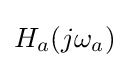
H_{a}(j\omega _{a})